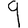
Digit: 9